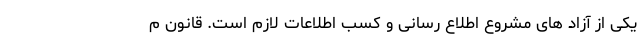
یکی از آزاد های مشروع اطلاع رسانی و کسب اطلاعات لازم است. قانون م